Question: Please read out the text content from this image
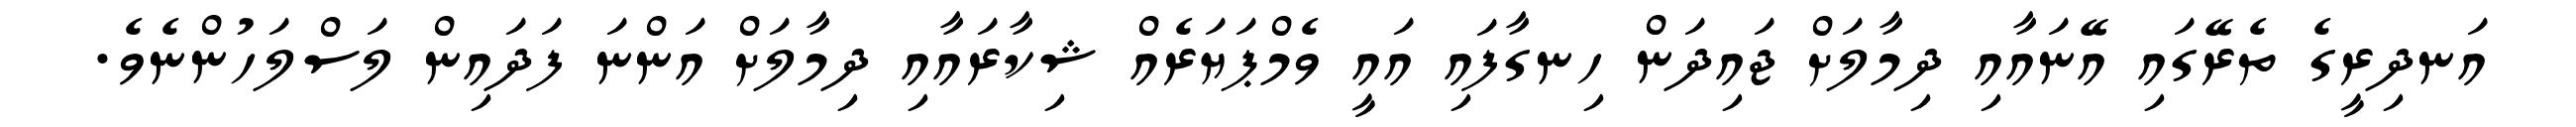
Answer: އަނދިރީގެ ތެރޭގައި އޭނައާއި ދިމާލަށް ޖައިދަން ހިނގާފައި އައީ ވެމްޕަޔަރެއް ޝިކާރައާއި ދިމާލަށް އަންނަ ފަދައިން ލަސްލަހުންނެވެ.